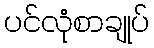
ပင်လုံစာချုပ်